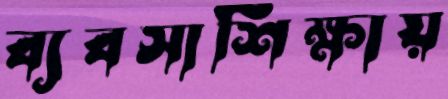
ব্যবসাশিক্ষায়